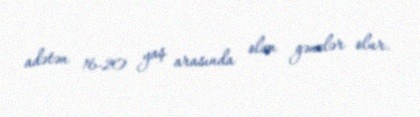
adətən 16-20 yaş arasında olan gənclər olur.